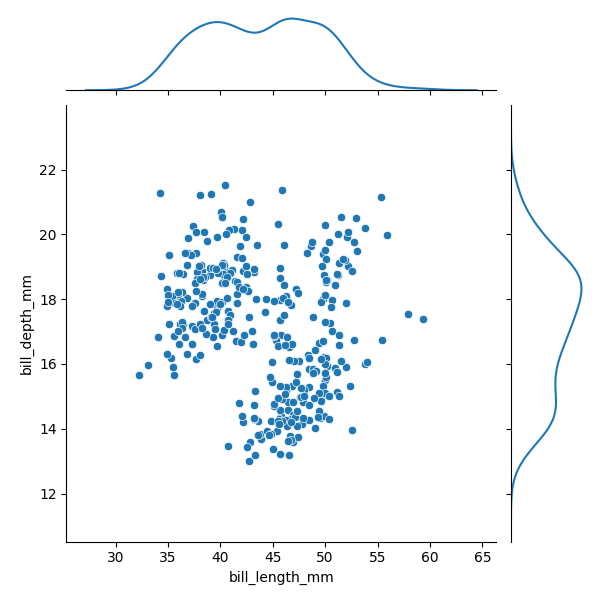
python, seaborn, JointGrid, scatterplot, kdeplot